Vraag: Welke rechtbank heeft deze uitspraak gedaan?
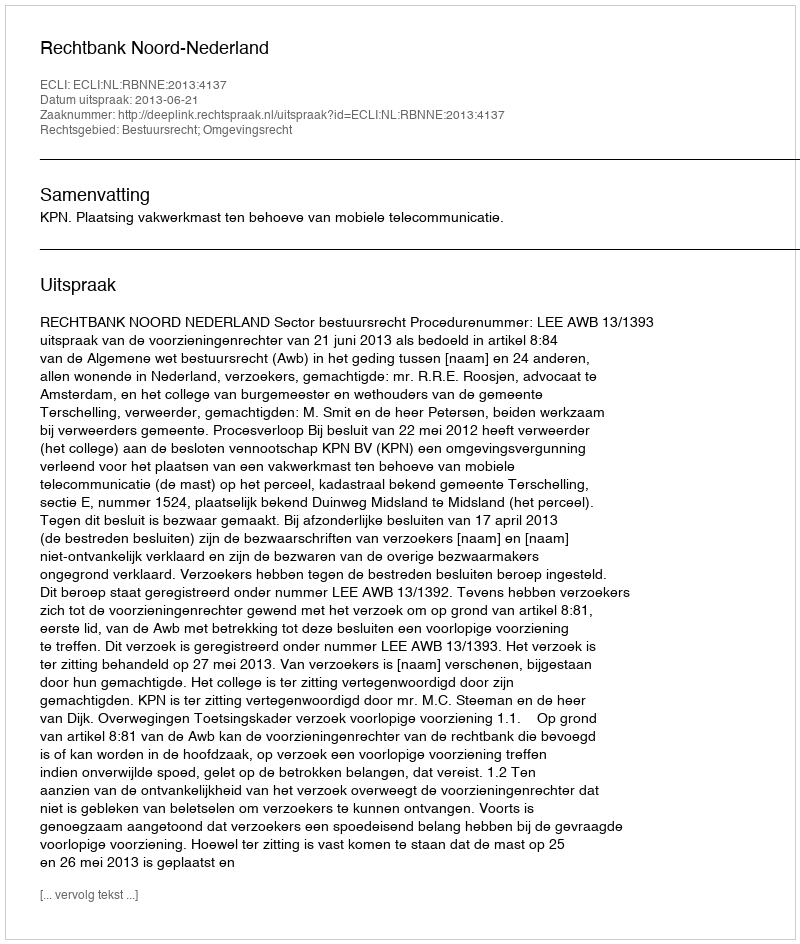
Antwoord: Rechtbank Noord-Nederland